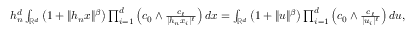
\begin{array} { r } { h _ { n } ^ { d } \int _ { \mathbb R ^ { d } } \left( 1 + \| h _ { n } x \| ^ { \beta } \right) \prod _ { i = 1 } ^ { d } \left( c _ { 0 } \wedge \frac { c _ { \ell } } { | h _ { n } x _ { i } | ^ { \ell } } \right) d x = \int _ { \mathbb R ^ { d } } \left( 1 + \| u \| ^ { \beta } \right) \prod _ { i = 1 } ^ { d } \left( c _ { 0 } \wedge \frac { c _ { \ell } } { | u _ { i } | ^ { \ell } } \right) d u , } \end{array}